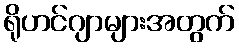
ရိုဟင်ဂျာများအတွက်